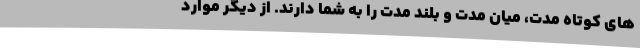
های کوتاه مدت، میان مدت و بلند مدت را به شما دارند. از دیگر موارد